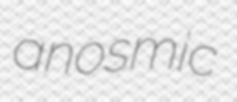
anosmic